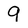
Character: 9